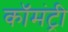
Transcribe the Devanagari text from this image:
कॉमंट्री